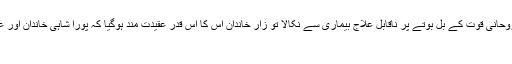
اس نے زار ولی عہد کو اپنی روحانی قوت کے بل بوتے پر ناقابل علاج بیماری سے نکالا تو زار خاندان اس کا اس قدر عقیدت مند ہوگیا کہ پورا شاہی خاندان اور عمائدین سلطنت پر اسکی دھاک
بیٹھ گئی۔